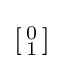
\left[{\begin{smallmatrix}0\\1\end{smallmatrix}}\right]